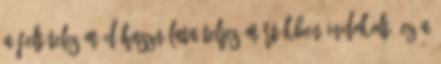
A feltételes mód használata teljes mértékben indokolt: ez a